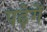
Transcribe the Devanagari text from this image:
पढ़ेगें